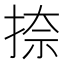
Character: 捺